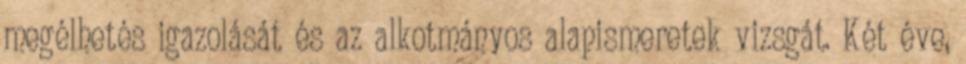
megélhetés igazolását és az alkotmányos alapismeretek vizsgát. Két éve,